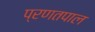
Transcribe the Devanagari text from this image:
प्रणतपाल